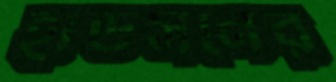
হাডসনের